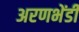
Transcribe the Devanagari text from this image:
अरणभेंडी